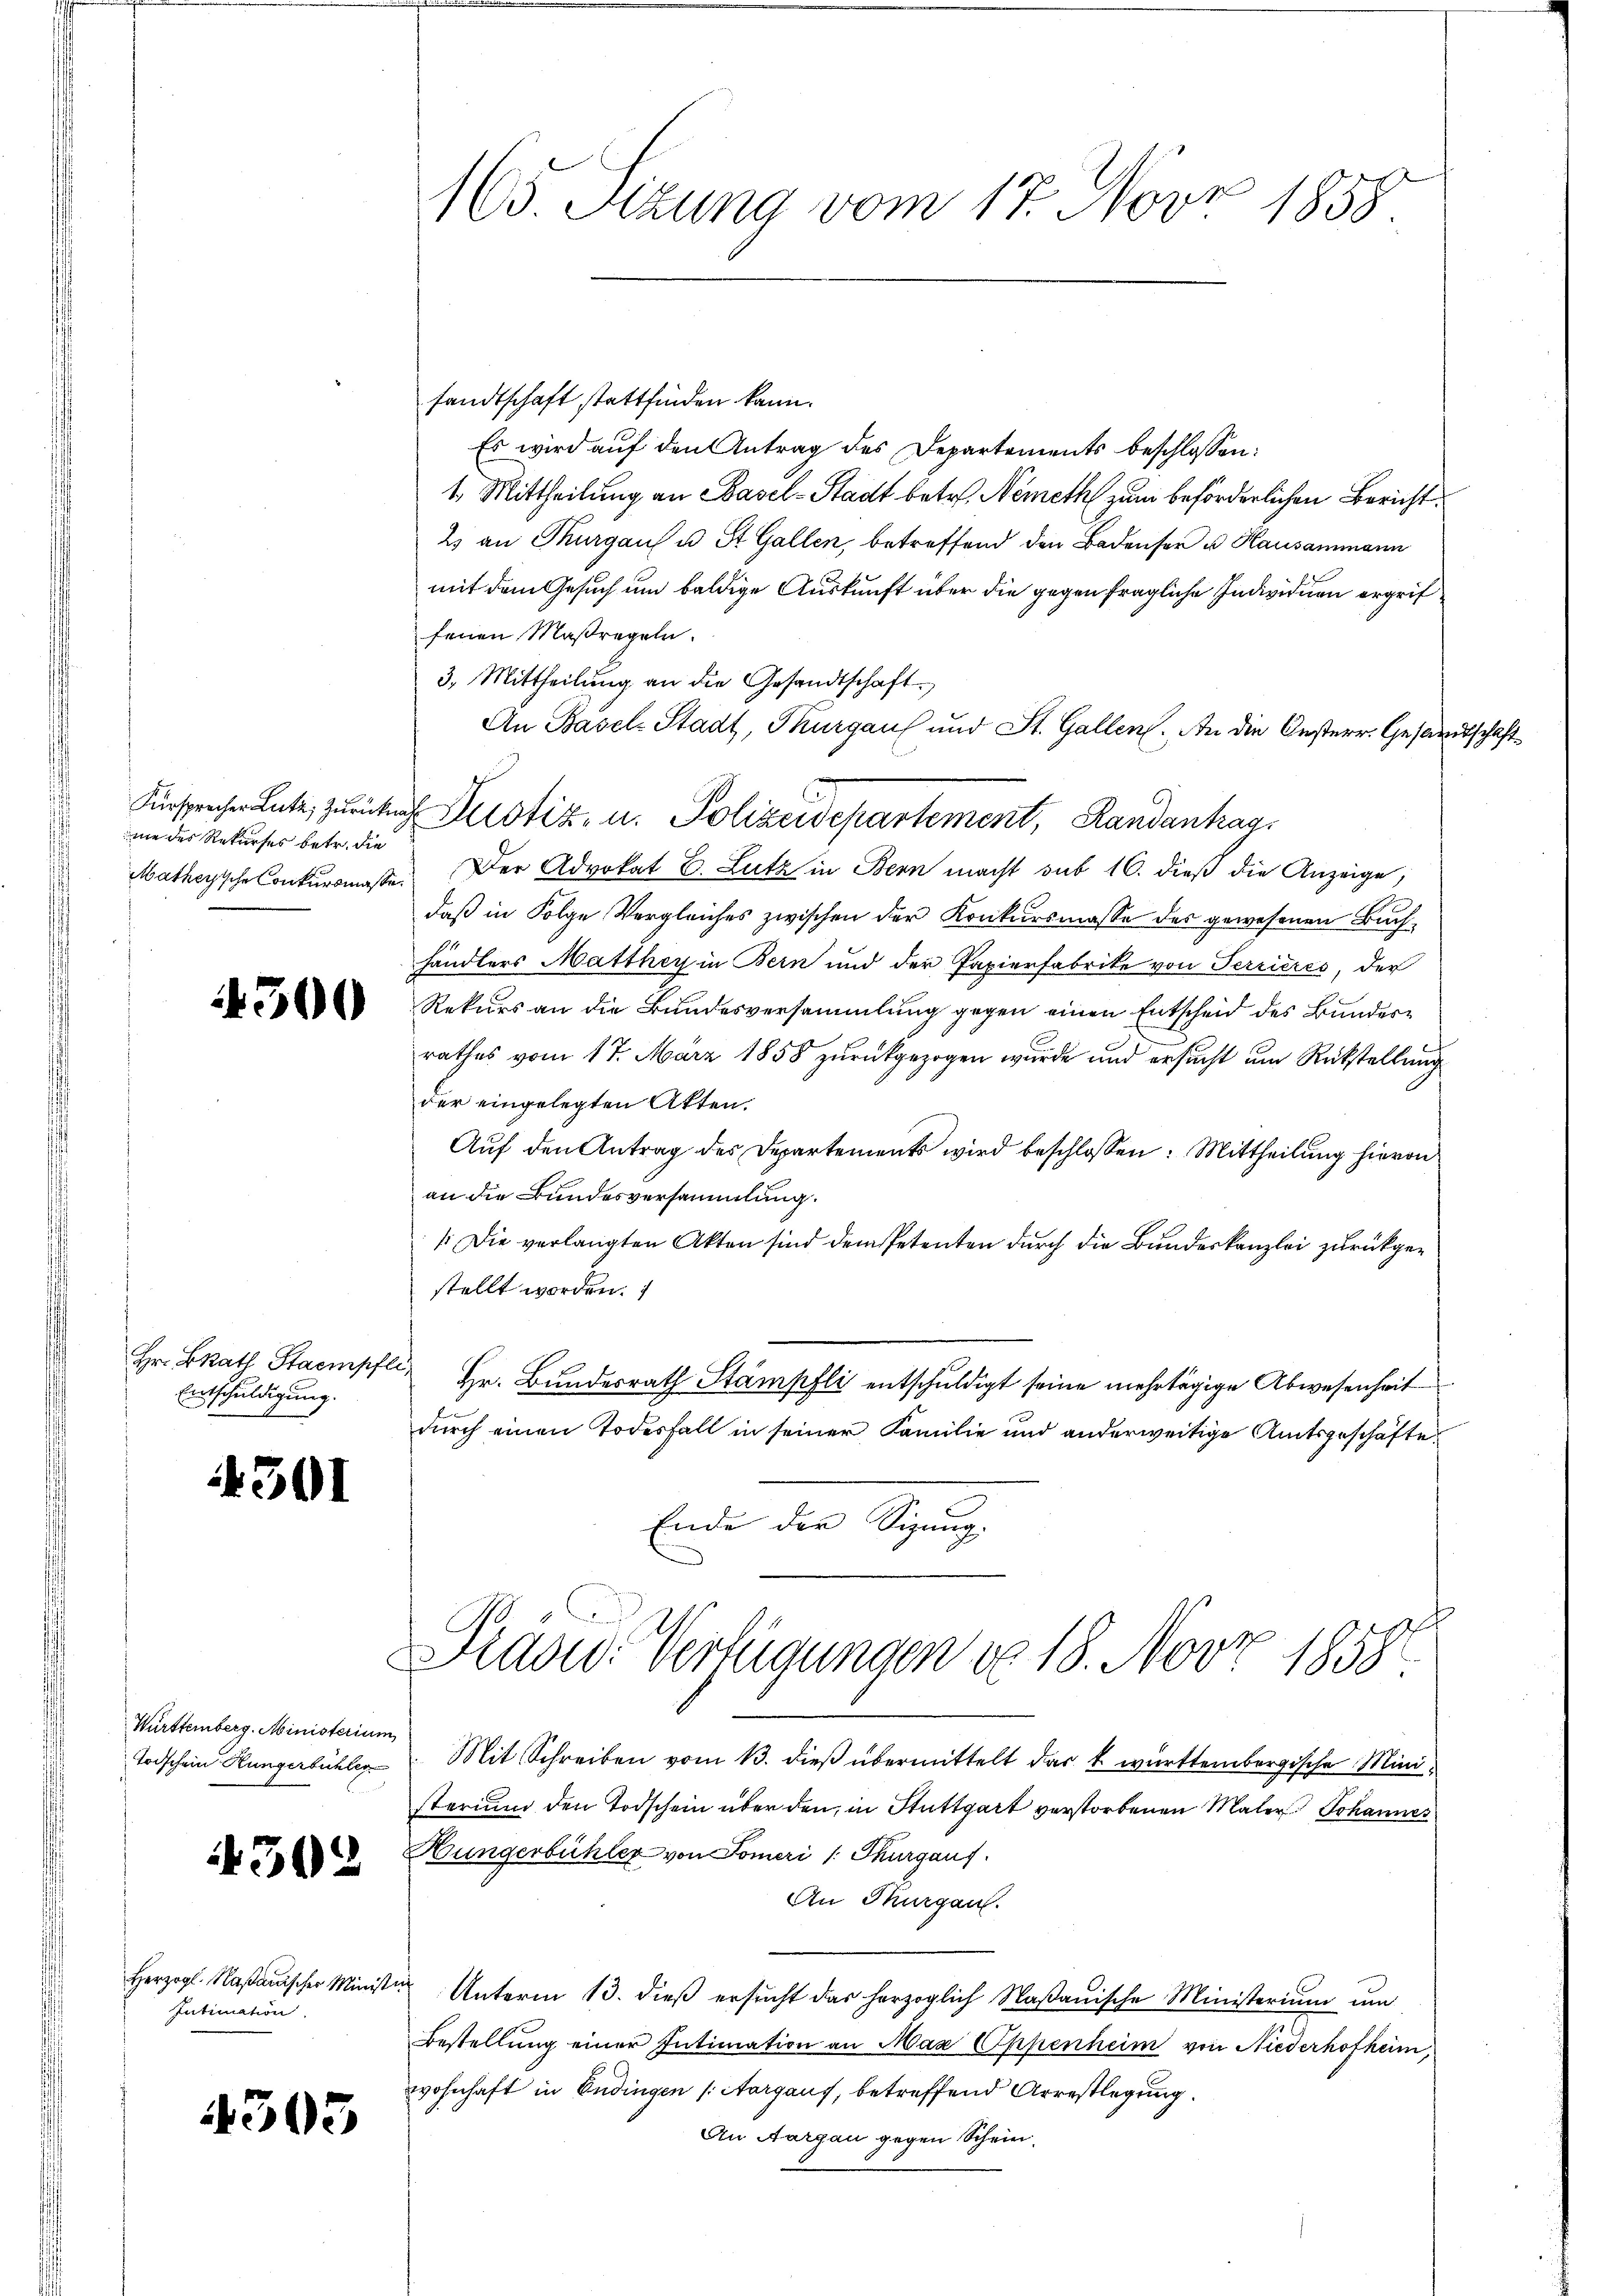
mie des Rekurses betr. die

Hr. Brath Stampfli
Entschuldigung.

301

Württemberg. Ministerium

4302

Intimation

4305

sandtschaft stattfinden kann.
Es wird auf den Antrag des Departements beschlossen:
1. Mittheilung an Basel-Stadt betr. Nemeth zum beförderlichen Bericht
2 an Thurgaus u St. Gallen, betreffend den Badenser u Hausammann
mit dem Gesuch um baldige Auskunft über die gegen fragliche Individuen ergriffenen Maßregeln.
3. Mittheilŭng an die Gesandtschaft.
An Basel-Stadt, Thurgaus und St. Gallen. An die Oesterr. Gesandtschaft¬
Fürsprechen Lutz, zurückig Justiz- u. Polizeidepartement, Randanhag
Matheyische Conkursmasse. Der Advokat B. Lutz in Bern macht sub 16. dieß die Anzeige,
daß in Folge Vergleiches zwischen der Konkursmasse des gewesenen Buchhändlers Matthey in Bern und der Papierfabrike von Terrieres, der
 Rekurs an die Bŭndesversammlung gegen einen Entscheid des Bunderrathes vom 17. März 1858 zurückgezogen wurde und ersucht um Rückstellung
der eingelegten Akten.
Aŭf den Antrag des Departements wird beschlossen: Mittheilung hievon
an die Bundesversammlung.
[Die verlangten Akten sind dem Petenten durch die Bundeskanzlei zurückgestellt worden.
Hr. Bundesrath Stämpfli entschuldigt seine mehrtägige Abwesenheit
durch einen Todesfall in seiner Familie und anderweitige Amtsgeschäfte
Ende der Sizung.
Präsid. Verfügungen v. 18. Novz 1858
Todschein Hungerbühler Mit Schreiben vom 13. dieβ übermittelt das k. württembergische Ministerium den Todschein über den in Stuttgart verstorbenen Maler Johannes
Hungerbühler von Someri / Thurgaus
An Thurgau.
Herzogl. Maβanischer Minister Unterm 13. dieβ ersŭcht das herzoglich Naβaŭische Ministeriŭm ŭm
Bestellung einer Intimation an Max Oppenheim von Niederhofheim,
wohnhaft in Endingen (Aargaus, betreffend Arrestlegung.
An Aargau gegen Schein.

32.
163. Sitzung vom 17. Nov. 1858.